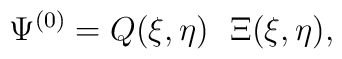
\Psi ^{(0)} = Q(\xi, \eta) ~~ \Xi(\xi, \eta) ,